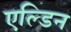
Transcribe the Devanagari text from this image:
एल्डिन